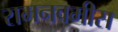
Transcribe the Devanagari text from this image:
रामनवमीस